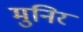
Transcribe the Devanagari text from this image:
मुनिर